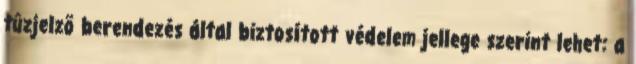
tûzjelzõ berendezés által biztosított védelem jellege szerint lehet: a